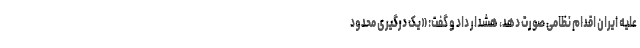
علیه ایران اقدام نظامی صورت دهد، هشدار داد و گفت: «یک درگیری محدود